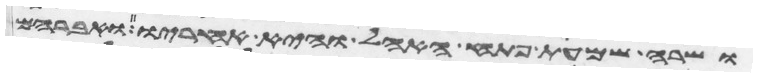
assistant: ושרה שמעת פתח האהל והיא אחריו ואברהם